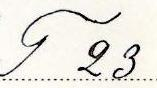
T 23